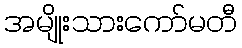
အမျိုးသားကော်မတီ